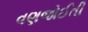
વણજોઈતી